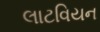
લાટવિયન